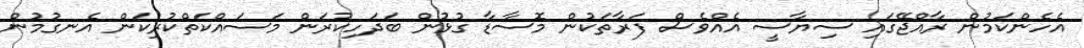
އެހެންކަމުން ރާއްޖޭގައި ސިޔާސީ އެއްވެސް ފަރާތަކުން މޮސާޑާ ގުޅުން ބަދަހިކުރަން މަސައްކަތްކުރިކަން އެނގުމުން